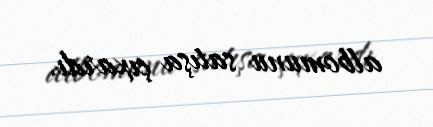
albomunu satışa çıxardı.